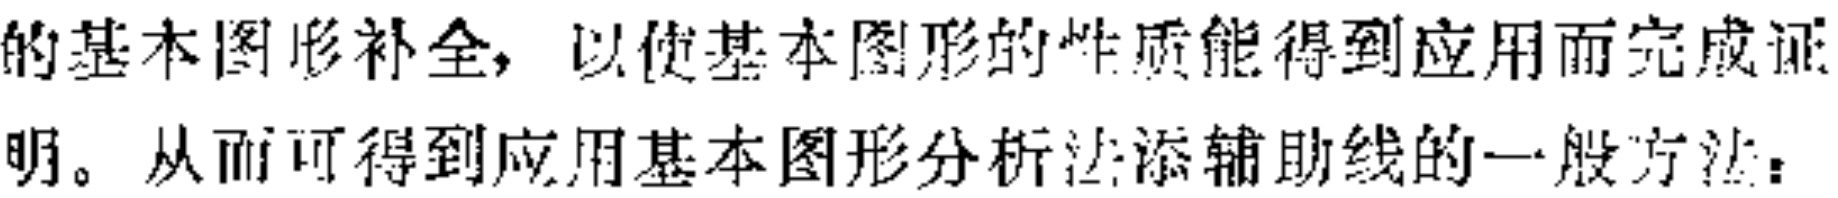
的基本图形补全，以使基本图形的性质能得到应用而完成证

明。从而可得到应用基本图形分析法添辅助线的一般方法：